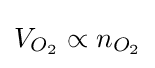
{V_{O_{2}}}\propto {n_{O_{2}}}